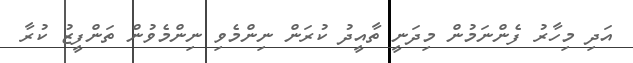
އަދި މިހާރު ފެންނަމުން މިދަނީ ތާއީދު ކުރަން ނިންމެވި ނިންމެވުން ތަންފީޒު ކުރާ